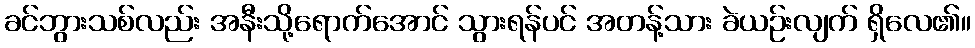
ခင်ဘွားသစ်လည်း အနီးသို့ရောက်အောင် သွားရန်ပင် အတန့်သား ခဲယဉ်းလျက် ရှိလေ၏။